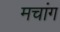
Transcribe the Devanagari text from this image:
मचांग